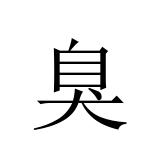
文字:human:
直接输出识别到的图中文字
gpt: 臭